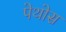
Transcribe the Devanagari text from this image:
पेथोस